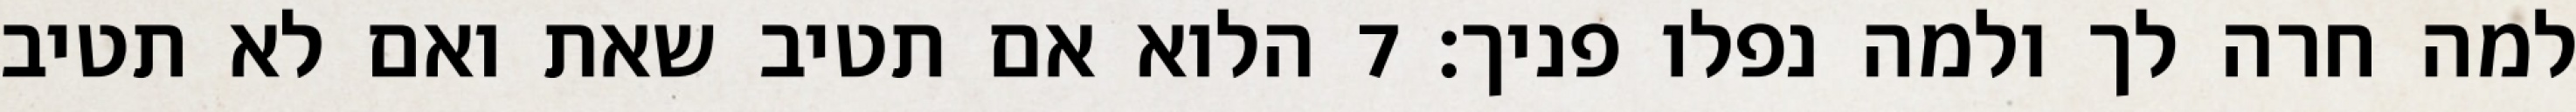
למה חרה לך ולמה נפלו פניך׃ ‎7‏ הלוא אם תטיב שאת ואם לא תטיב